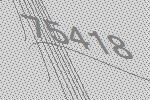
75418